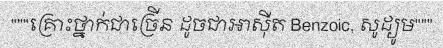
"""គ្រោះថ្នាក់ជាច្រើន ដូចជាអាស៊ីត Benzoic, សូដ្យូម"""